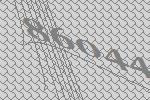
86044